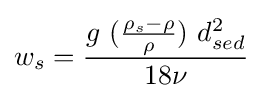
{\displaystyle w_{s}={\frac {g~({\frac {\rho _{s}-\rho }{\rho }})~d_{sed}^{2}}{18\nu }}}